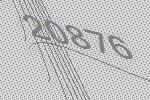
20876